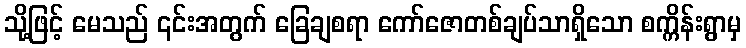
သို့ဖြင့် မေသည် ၎င်းအတွက် ခြေချစရာ ကော်ဇောတစ်ချပ်သာရှိသော စက္ကိန်းရွာမှ